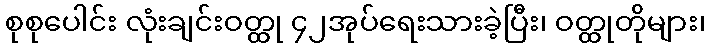
စုစုပေါင်း လုံးချင်းဝတ္ထု ၄၂အုပ်ရေးသားခဲ့ပြီး၊ ဝတ္ထုတိုများ၊